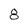
Character: 8